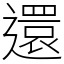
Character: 還